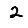
Digit: 2